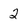
Character: 2